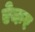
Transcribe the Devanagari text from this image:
ऐकर